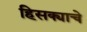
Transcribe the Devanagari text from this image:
हिसक्याचे